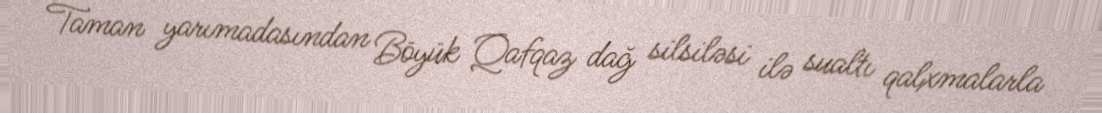
Taman yarımadasından Böyük Qafqaz dağ silsiləsi ilə sualtı qalxmalarla